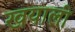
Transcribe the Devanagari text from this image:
खयाली